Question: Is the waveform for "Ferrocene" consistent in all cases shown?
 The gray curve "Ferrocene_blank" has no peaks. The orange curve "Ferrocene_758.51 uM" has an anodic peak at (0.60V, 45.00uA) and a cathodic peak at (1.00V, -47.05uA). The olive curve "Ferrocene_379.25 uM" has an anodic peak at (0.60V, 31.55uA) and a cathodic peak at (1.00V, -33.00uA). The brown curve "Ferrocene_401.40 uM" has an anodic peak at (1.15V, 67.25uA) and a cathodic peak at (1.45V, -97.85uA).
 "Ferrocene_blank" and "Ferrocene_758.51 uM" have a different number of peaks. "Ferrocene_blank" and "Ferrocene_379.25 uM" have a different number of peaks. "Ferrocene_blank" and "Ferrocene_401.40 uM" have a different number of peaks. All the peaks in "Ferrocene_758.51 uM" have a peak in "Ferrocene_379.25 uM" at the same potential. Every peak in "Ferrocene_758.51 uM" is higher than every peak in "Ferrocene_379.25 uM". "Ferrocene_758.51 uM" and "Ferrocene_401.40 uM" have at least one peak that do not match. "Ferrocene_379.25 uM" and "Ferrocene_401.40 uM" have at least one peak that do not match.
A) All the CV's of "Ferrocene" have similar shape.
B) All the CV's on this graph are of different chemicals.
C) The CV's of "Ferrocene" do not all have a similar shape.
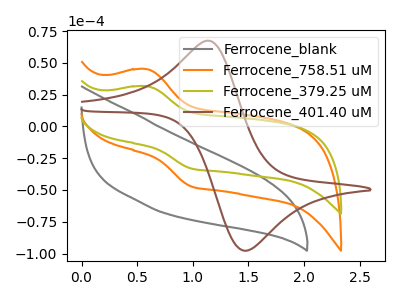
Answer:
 <answer>A) All the CV's of "Ferrocene" have similar shape.</answer>
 <eval>A</eval>